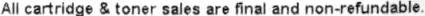
ALL CARTRIDGE & TONER SALES ARE FINAL A PROOF AND NON-REFUNDABLE.